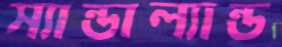
স্যান্ডাল্যান্ড